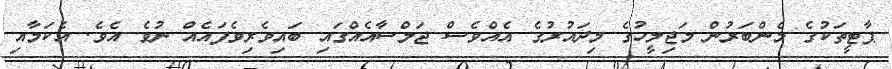
ޕާޓީތަކުގެ މެންބަރުން މަޖިލީހުގެ މިދައުރުގެ އެއްވެސް ޖަލްސާއެއްގައި ބައިވެރިވެފައެއް ނުވެ އެވެ. އެކަމާއި